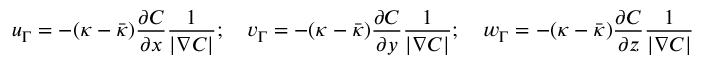
u _ { \Gamma } = - ( \kappa - \bar { \kappa } ) \frac { \partial C } { \partial x } \frac { 1 } { | \nabla C | } ; \quad v _ { \Gamma } = - ( \kappa - \bar { \kappa } ) \frac { \partial C } { \partial y } \frac { 1 } { | \nabla C | } ; \quad w _ { \Gamma } = - ( \kappa - \bar { \kappa } ) \frac { \partial C } { \partial z } \frac { 1 } { | \nabla C | }